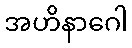
အဟိနာဂေါ